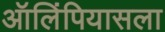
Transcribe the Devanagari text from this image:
ऑलिंपियासला